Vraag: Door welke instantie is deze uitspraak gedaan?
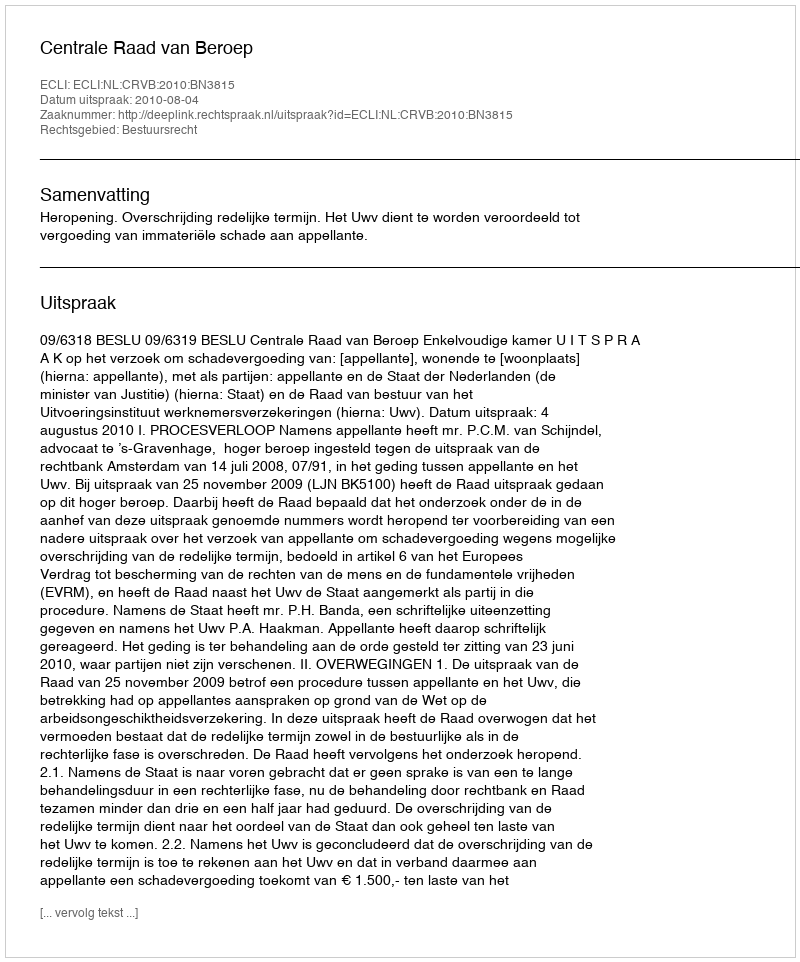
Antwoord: Centrale Raad van Beroep